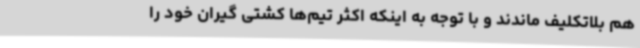
هم بلاتکلیف ماندند و با توجه به اینکه اکثر تیم‌ها کشتی گیران خود را